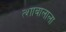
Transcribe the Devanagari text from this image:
त्शाबालाला